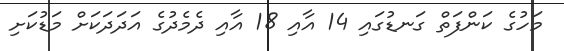
މަހުގެ ކަންފަތް ގަނޑުގައި 14 އާއި 18 އާއި ދެމެދުގެ އަދަދަކަށް މަޑުކަށި